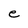
Character: e